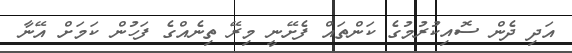
އަދި ދެން ސޮއިކުރުމުގެ ކަންތައް ފެށޭނީ މިރޭ ތިނެއްގެ ފަހުން ކަމަށް އޭނާ